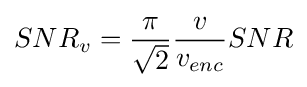
SNR_{v}={\frac {\pi }{\sqrt {2}}}{\frac {v}{v_{enc}}}SNR